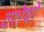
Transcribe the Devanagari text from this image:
वशेषों